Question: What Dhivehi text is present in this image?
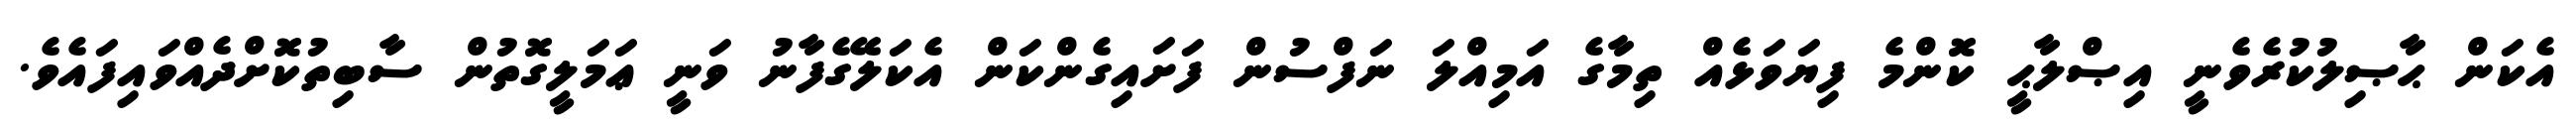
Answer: އެކަން ޙާޞިލުކުރެވެނީ އިޞްލާޙީ ކޮންމެ ފިޔަވަޅެއް ތިމާގެ އަމިއްލަ ނަފްސުން ފަށައިގެންކަން އެކަލޭގެފާނު ވަނީ ޢަމަލީގޮތުން ސާބިތުކޮށްދެއްވައިފައެވެ.